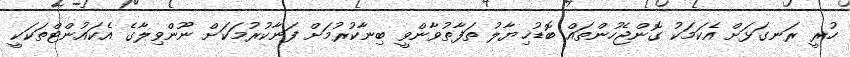
ހުރީ ރަނގަޅަށް އެކަމަަކު ގޮންޖެހުންތައް ބޮޑުޚިޔާލު ތަފާތުވާންވީ ބިނާކުރުމަށް ފަނާކުރުމަކަށް ނޫންވިލާގެ އެކައުންޓްތަކަކީ